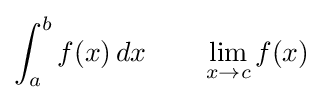
\int _{a}^{b}f(x)\,dx\quad \quad \lim _{x\to c}f(x)